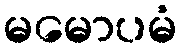
မမောပမံ